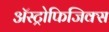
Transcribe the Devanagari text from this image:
अॅस्ट्रोफिजिक्स